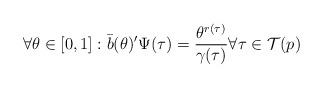
LaTeX: \begin{align*} \forall \theta \in [0,1]: \bar{b}(\theta)' \Psi(\tau) = \frac{\theta^{r(\tau)}}{\gamma(\tau)} \forall \tau \in \mathcal{T}(p)\end{align*}